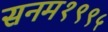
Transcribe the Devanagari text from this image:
सनम१९९५